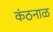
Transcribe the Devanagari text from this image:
कंठनाळ